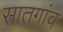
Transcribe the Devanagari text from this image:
सातगांव